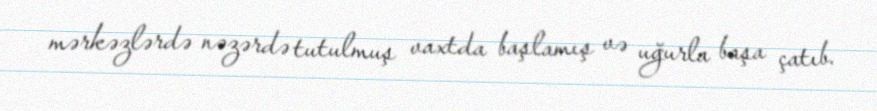
mərkəzlərdə nəzərdə tutulmuş vaxtda başlamış və uğurla başa çatıb.